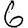
Digit: 6